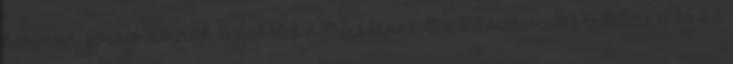
kormányprogramnak. legalább hiteles lenne. Az adóelkerülés értelme meg az